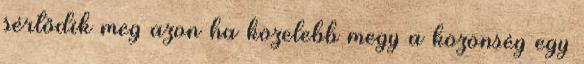
sértődik meg azon ha közelebb megy a közönség egy